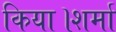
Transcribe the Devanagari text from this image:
किया।शर्मा